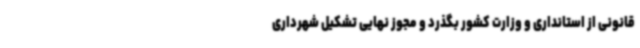
قانونی از استانداری و ‌وزارت کشور بگذرد و مجوز نهایی تشکیل شهرداری